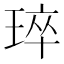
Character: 琗